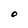
Character: O